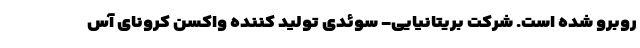
روبرو شده است. شرکت بریتانیایی- سوئدی تولید کننده واکسن کرونای آس